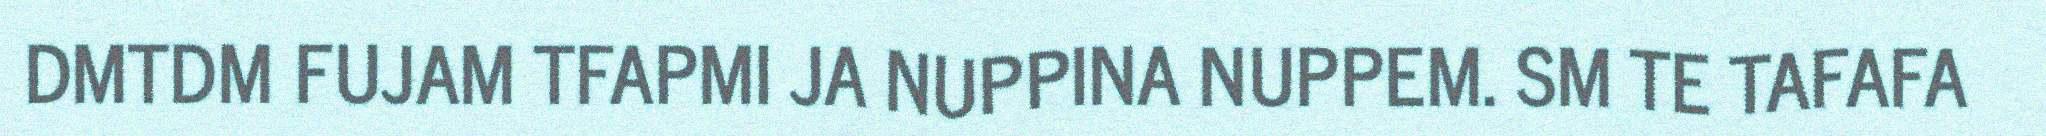
DMTDM FUJAM TFAPMI JA NUPPINA NUPPEM. SM TE TAFAFA